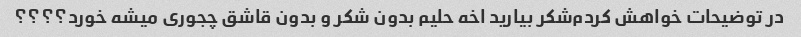
در توضیحات خواهش کردم‌شکر بیارید اخه حلیم بدون شکر و بدون قاشق چجوری میشه خورد؟؟؟؟